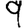
Digit: 9